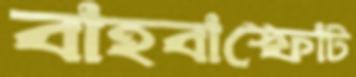
বাহবাস্ফোট